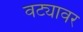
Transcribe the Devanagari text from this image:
वट्यावर